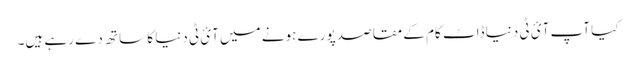
کیا آپ آئ ٹی دنیا ڈاٹ کام کے مقاصد پورے ہونے میں آئ ٹی دنیا کا ساتھ دے رہے ہیں۔